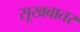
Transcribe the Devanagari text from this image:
सूखबातर